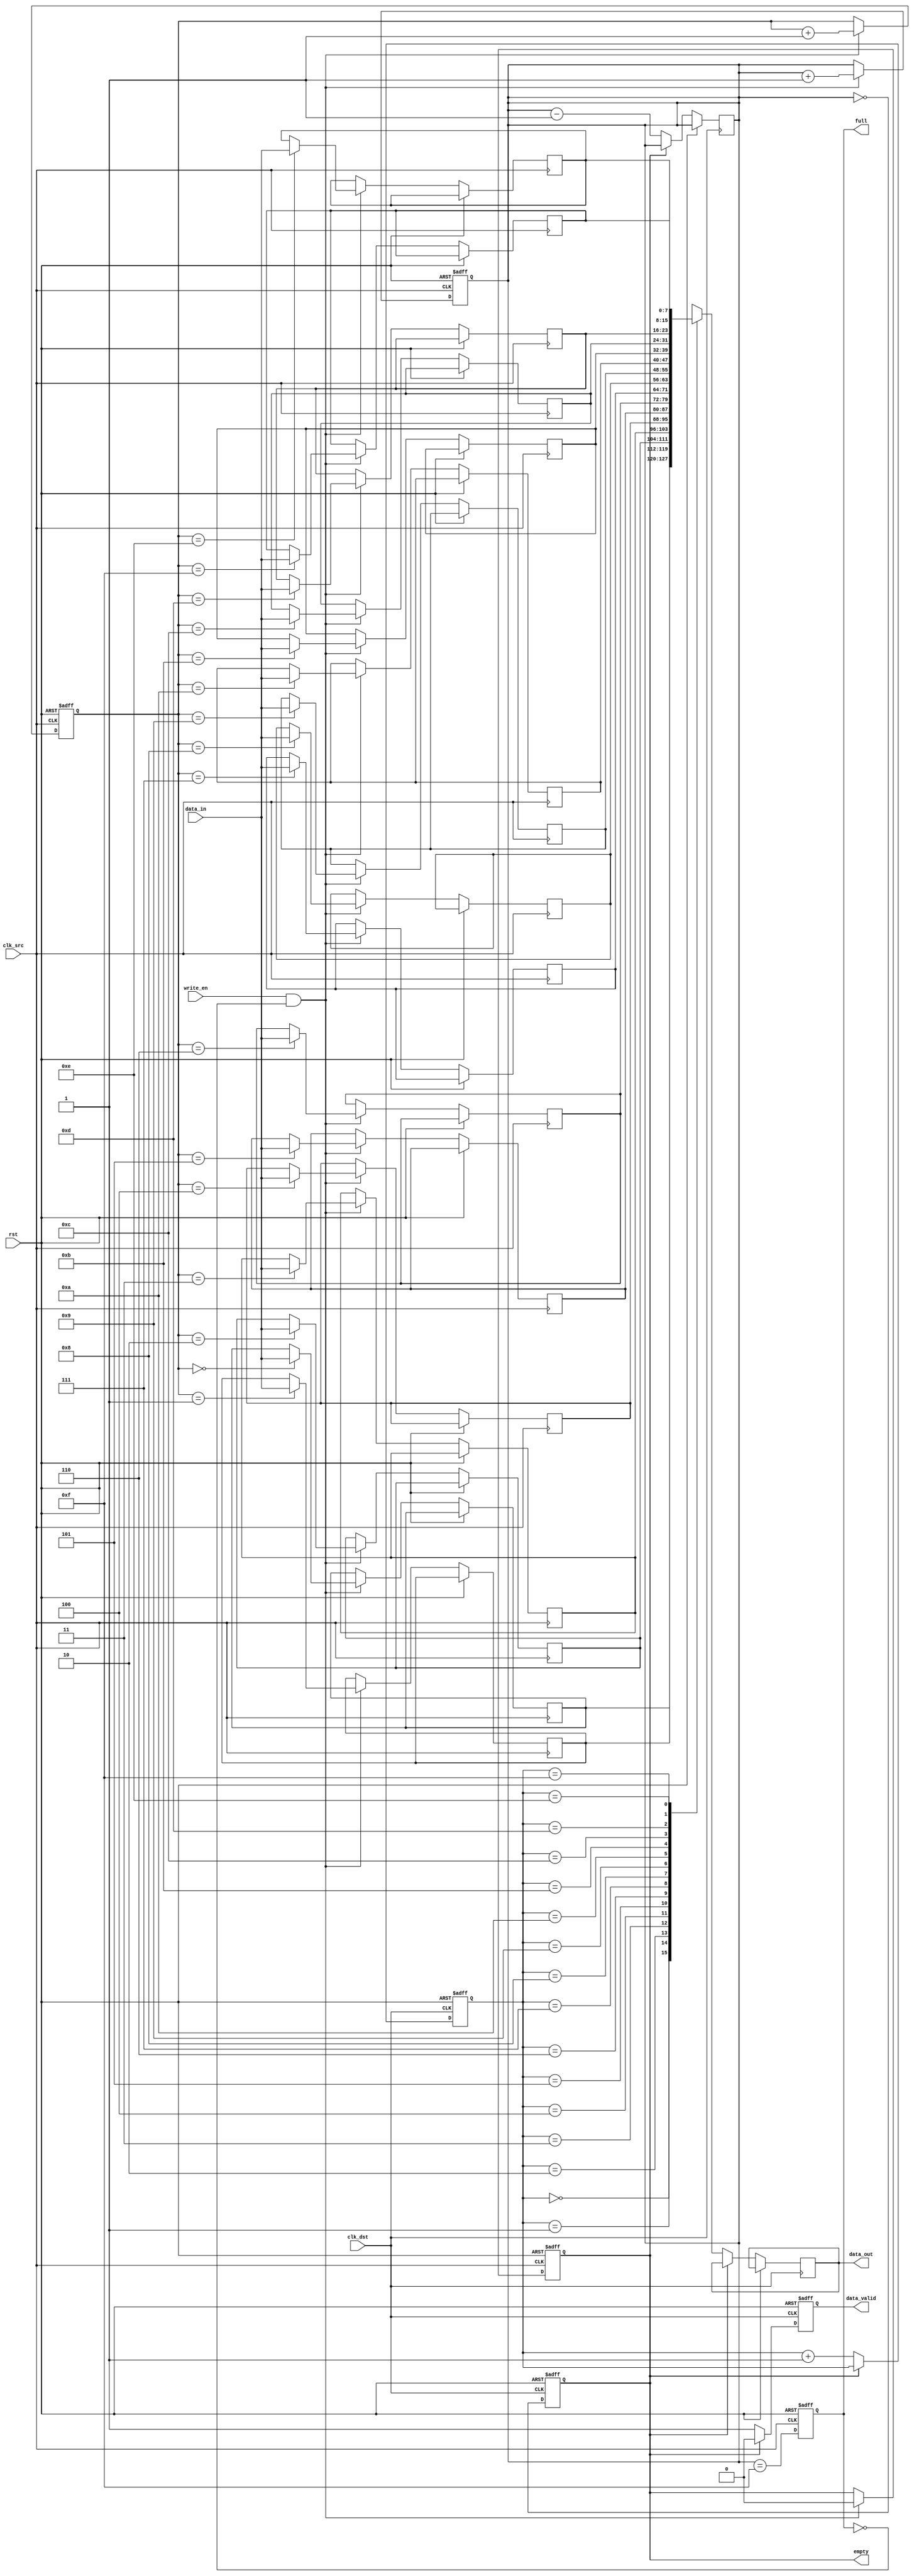
module fifo_synchronizer #(
    parameter DATA_WIDTH = 8, // Width of the data
    parameter FIFO_DEPTH = 16  // Depth of the FIFO
)(
    input wire clk_src,            // Source clock
    input wire clk_dst,            // Destination clock
    input wire rst,                // Asynchronous reset
    input wire [DATA_WIDTH-1:0] data_in, // Data input
    input wire write_en,           // Write enable
    output reg [DATA_WIDTH-1:0] data_out, // Data output
    output reg data_valid,         // Data valid signal
    output reg full,               // FIFO full flag
    output reg empty               // FIFO empty flag
);

    // FIFO memory array
    reg [DATA_WIDTH-1:0] fifo_mem [0:FIFO_DEPTH-1];

    // Pointers
    reg [$clog2(FIFO_DEPTH)-1:0] w_ptr; // Write pointer
    reg [$clog2(FIFO_DEPTH)-1:0] r_ptr; // Read pointer
    reg [$clog2(FIFO_DEPTH):0] count;    // Count of items in FIFO

    // Reset and initialization
    always @(posedge clk_src or posedge rst) begin
        if (rst) begin
            w_ptr <= 0;
            count <= 0;
            full <= 0;
            empty <= 1;
        end else begin
            // Write Data
            if (write_en && !full) begin
                fifo_mem[w_ptr] <= data_in; // Store data
                w_ptr <= w_ptr + 1;
                count <= count + 1;
                empty <= 0;
            end
            // Update full flag
            full <= (count == FIFO_DEPTH - 1);
        end
    end

    // Read data from FIFO
    always @(posedge clk_dst or posedge rst) begin
        if (rst) begin
            r_ptr <= 0;
            data_valid <= 0;
            empty <= 1;
        end else begin
            // Read Data
            if (!empty) begin
                data_out <= fifo_mem[r_ptr]; // Read data
                r_ptr <= r_ptr + 1;
                count <= count - 1;
                data_valid <= 1;
            end else begin
                data_valid <= 0;
            end
            // Update empty flag
            empty <= (count == 0);
        end
    end

endmodule